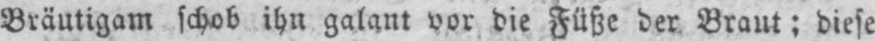
Bräutigam schob ihn galant vor die Füße der Braut; diese